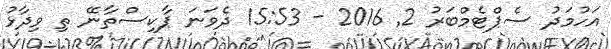
އަހުމަދު ސެޕްޓެމްބަރު 2